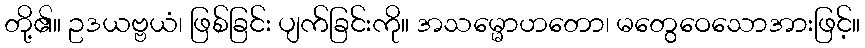
တို့၏။ ဥဒယဗ္ဗယံ၊ ဖြစ်ခြင်း ပျက်ခြင်းကို။ အသမ္မောဟတော၊ မတွေဝေသောအားဖြင့်။